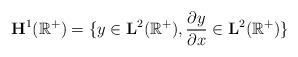
LaTeX: \begin{align*}\mathbf{H}^1(\mathbb{R}^+)=\{y\in\mathbf{L}^2(\mathbb{R}^+), \frac{\partial y}{\partial x}\in\mathbf{L}^2(\mathbb{R}^+)\}\end{align*}